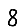
Digit: 8